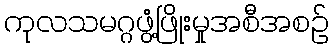
ကုလသမဂ္ဂဖွံ့ဖြိုးမှုအစီအစဉ်